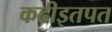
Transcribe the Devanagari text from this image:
कढीइतपत